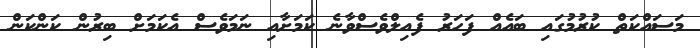
މަސައްކަތް ކުރުމުގައި ބައެއް ފަހަރު ފެއިލްވެސްވާނެ ކަމަށާއި ނަމަވެސް އެކަމަށް ބިރުން ކަންކަން